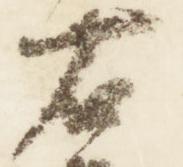
右